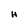
Character: H